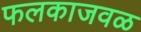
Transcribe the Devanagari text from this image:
फलकाजवळ